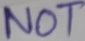
Text: NOT